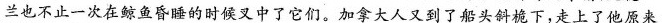
兰也不止一次在鲸鱼昏睡的时候叉中了它们。加拿大人又到了船头斜桅下，走上了他原来